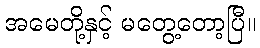
အမေတို့နှင့် မတွေ့တော့ပြီ။